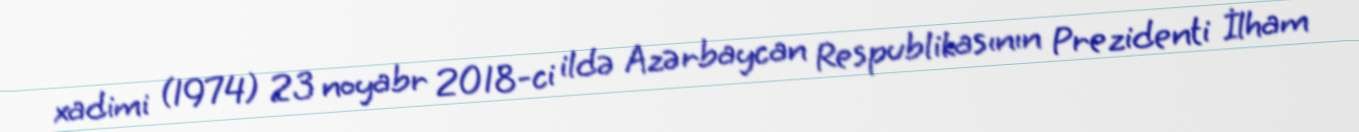
xadimi (1974) 23 noyabr 2018-ci ildə Azərbaycan Respublikasının Prezidenti İlham